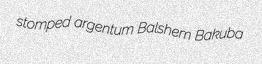
stomped argentum Balshem Bakuba